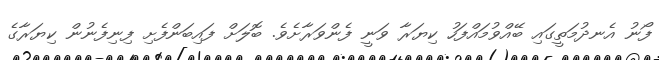
ފޯނު އެނދުމަތީގައި ބޭއްވުމައްފަހު ކިޔަރާ ވަނީ ފެންވަރާށެވެ. ބޮލަށް ފައިބަންފެށި ފިނިފެނުން ކިޔަރާގެ